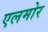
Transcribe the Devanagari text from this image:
एलमोर